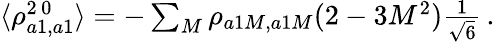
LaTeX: \begin{array}{r}{\langle\rho_{a1,a1}^{2\, 0}\rangle=-\sum_{M}\rho_{a1M,a1M}(2-3M^{2})\frac{1}{\sqrt{6}}\, .}\end{array}